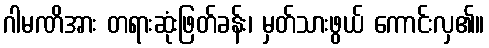
ဂါမဏိအား တရားဆုံးဖြတ်ခန်း၊ မှတ်သားဖွယ် ကောင်းလှ၏။